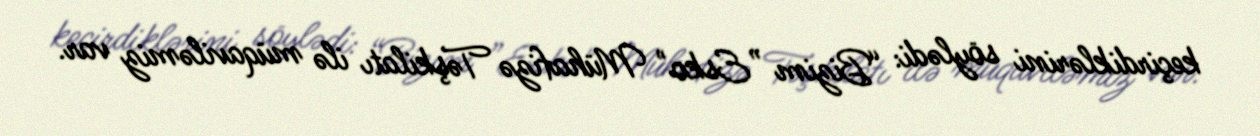
keçirdiklərini söylədi: “Bizim ”Esko" Mühafizə Təşkilatı ilə müqaviləmiz var.